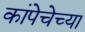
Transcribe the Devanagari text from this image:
कांपेचेच्या